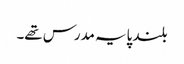
بلند پایہ مدرس تھے۔